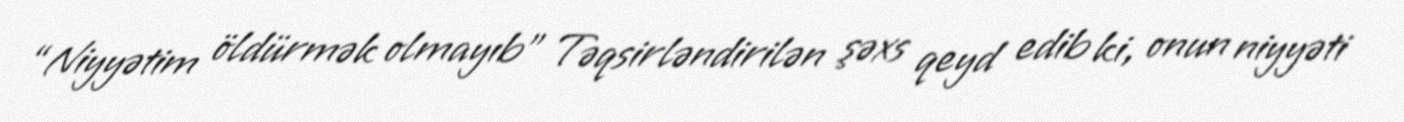
“Niyyətim öldürmək olmayıb” Təqsirləndirilən şəxs qeyd edib ki, onun niyyəti